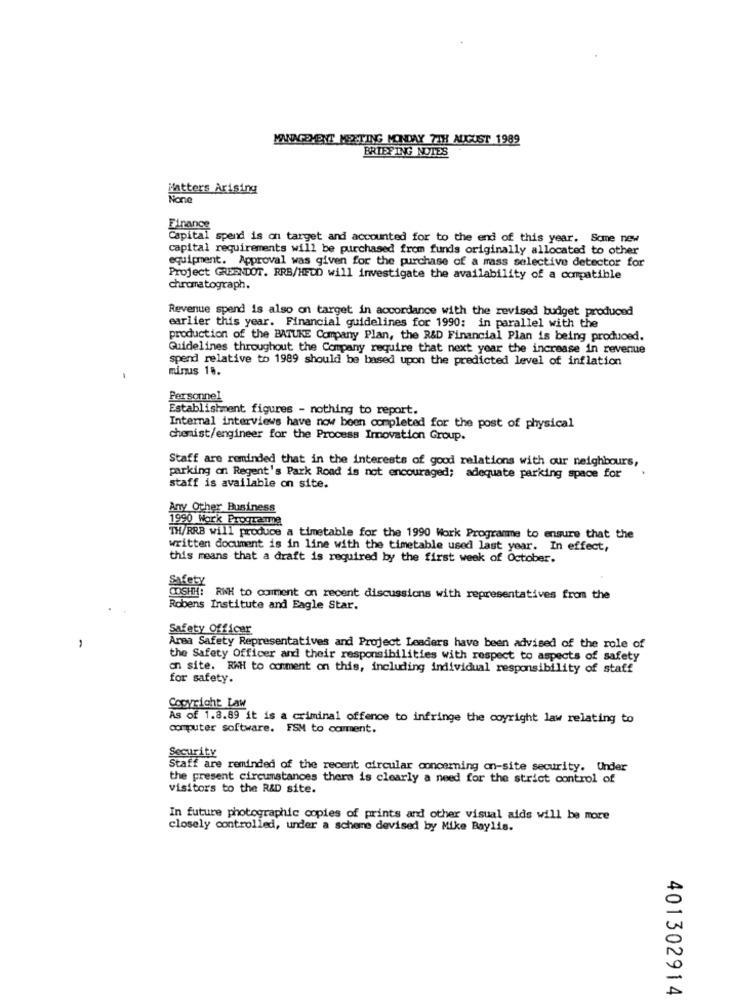
MANAGEMENT MEETING MONDAY 7TH AUGUST 1989
BRIEFING NOTES
Matters Arising
Finance
Capital spend is on target and accounted for to the end of this year. Some new
capital requirements will be purchased from funds originally allocated to other
equipment. Approval was given for the purchase of a mass selective detector for
Project GREENDOT. RRB/HFOD will investigate the availability of a compatible
chromatograph.
Revenue spend is also on target in accordance with the revised budget produced
earlier this year. Financial guidelines for 1990: in parallel with the
production of the BATUKE Company Plan, the R&D Financial Plan is being produced.
Guidelines throughout the Company require that next year the increase in revenue
spend relative to 1989 should be based upon the predicted level of inflation
minus 18.
Personnel
Establishment figures - nothing to report.
Internal interviews have now been completed for the post of physical
chemist/engineer for the Process Innovation Group.
Staff are reminded that in the interests of good relations with our neighbours,
parking on Regent's Park Road is not encouraged; adequate parking space for
staff is available on site.
Any Other Business
1990 Work Programme
TH/RRB will produce a timetable for the 1990 Work Programme to ensure that the
written document is in line with the timetable used last year. In effect,
this means that a draft is required by the first week of October.
Safety
COSHH: RWH to comment on recent discussions with representatives from the
Robens Institute and Eagle Star.
Safety Officer
-
Area Safety Representatives and Project Leaders have been advised of the role of
the Safety Officer and their responsibilities with respect to aspects of safety
on site. RWH to comment on this, including individual responsibility of staff
for safety.
Copyright Law
As of 1.8.89 it is a criminal offence to infringe the coyright law relating to
computer software. FSM to comment.
Security
aff are reminded of the recent circular concerning on-site security. Under
the present circumstances there is clearly a need for the strict control of
visitors to the R&D site.
In future photographic copies of prints and other visual aids will be more
closely controlled, under a scheme devised by Mike Baylis.
401302914